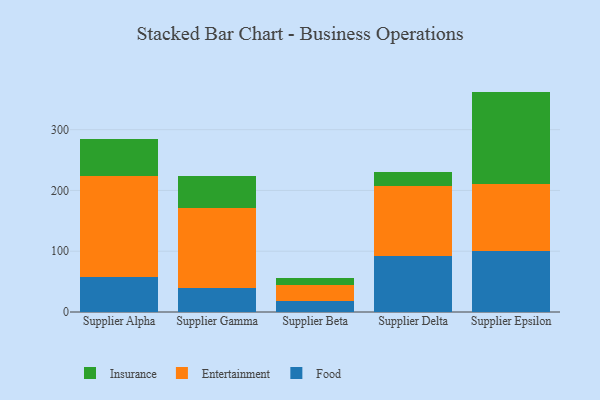
{"axis": {"x": "Supplier", "y": "Temperature (°C)"}, "legend": ["Entertainment", "Food", "Insurance"], "data": [{"x": "Supplier Alpha", "y": 57.6, "type": "Food"}, {"x": "Supplier Alpha", "y": 166.7, "type": "Entertainment"}, {"x": "Supplier Alpha", "y": 60.2, "type": "Insurance"}, {"x": "Supplier Gamma", "y": 38.7, "type": "Food"}, {"x": "Supplier Gamma", "y": 132.4, "type": "Entertainment"}, {"x": "Supplier Gamma", "y": 53.3, "type": "Insurance"}, {"x": "Supplier Beta", "y": 17.9, "type": "Food"}, {"x": "Supplier Beta", "y": 27.1, "type": "Entertainment"}, {"x": "Supplier Beta", "y": 11.1, "type": "Insurance"}, {"x": "Supplier Delta", "y": 92.7, "type": "Food"}, {"x": "Supplier Delta", "y": 115.4, "type": "Entertainment"}, {"x": "Supplier Delta", "y": 21.9, "type": "Insurance"}, {"x": "Supplier Epsilon", "y": 100.4, "type": "Food"}, {"x": "Supplier Epsilon", "y": 111.0, "type": "Entertainment"}, {"x": "Supplier Epsilon", "y": 151.2, "type": "Insurance"}]}